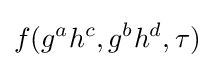
f(g^{a}h^{c},g^{b}h^{d},\tau )